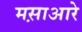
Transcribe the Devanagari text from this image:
मस़ाआरे